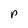
Character: P